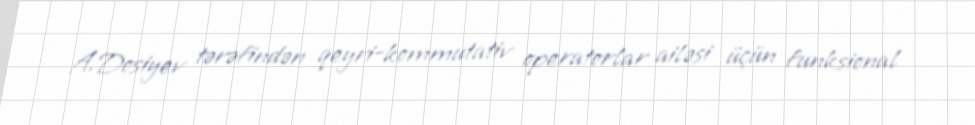
A.Dosiyev tərəfindən qeyri-kommutativ operatorlar ailəsi üçün funksional